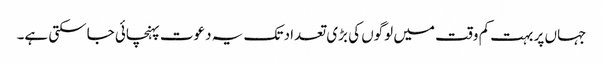
جہاں پر بہت کم وقت میں لوگوں کی بڑی تعداد تک یہ دعوت پہنچائی جاسکتی ہے۔